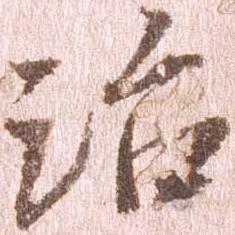
治